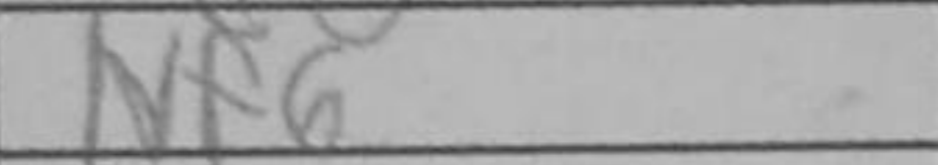
Transcription: Nf6